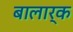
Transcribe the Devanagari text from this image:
बालार्क